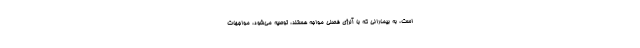
است، به بیمارانی که با آلرژی فصلی مواجه هستند، توصیه می‌شود، مواجهات